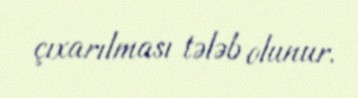
çıxarılması tələb olunur.